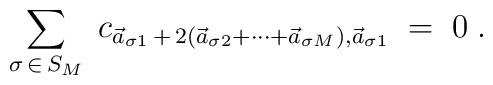
\sum_{\sigma\,\in\,S_M}\;c_{\vec a_{\sigma 1} \,+\,2 (\vec a_{\sigma 2}    + \cdots + \vec a_{\sigma M}), \vec a_{\sigma 1}}\;=\;0\;.